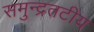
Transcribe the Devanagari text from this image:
समुन्द्रतटीय